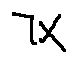
7 X